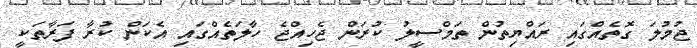
ޖުމުލަ ގޮތެއްގައި ރައްޔިތުން ތަމްސީލު ކުރަން ޖެހިއްޖެ ހާލަތެއްގައި އެކަން ކުރާ ފަރާތަކީ